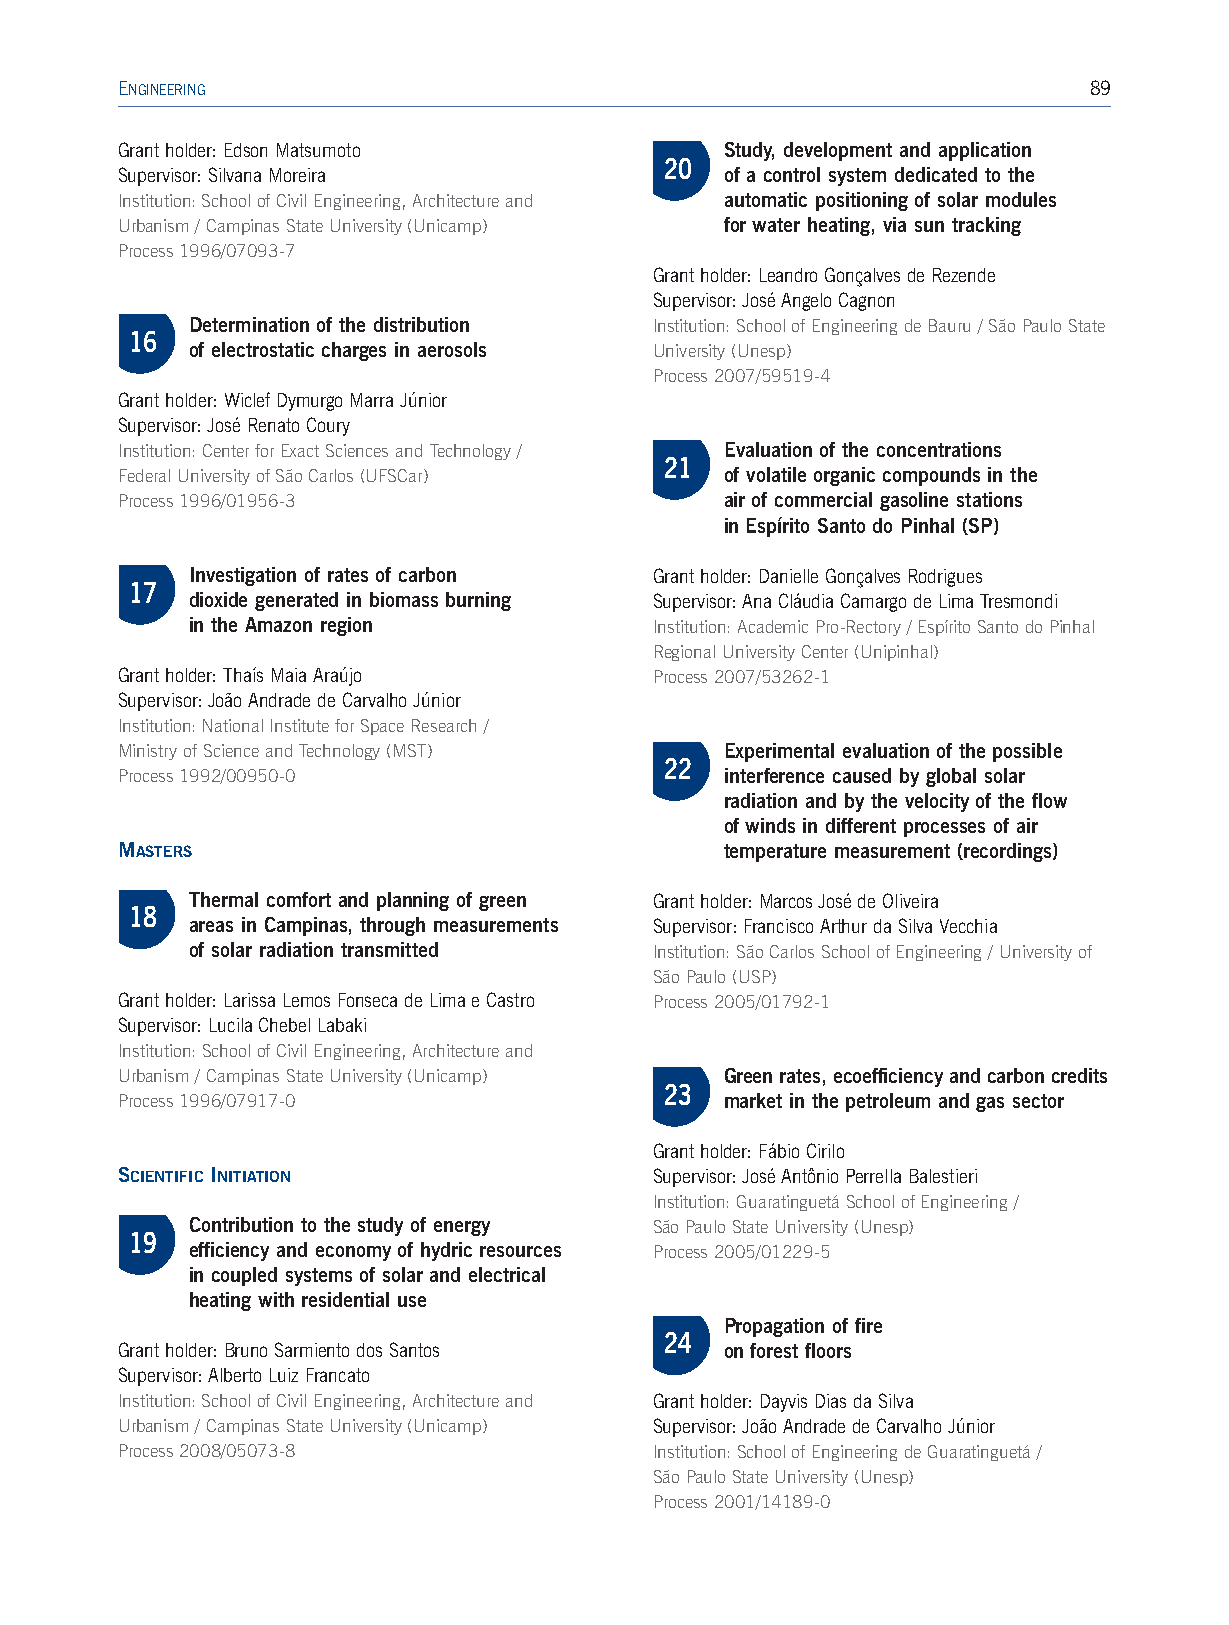
ENGINEERING                                                     89
 Grant holder: Edson Matsumoto           Study, development and application
 20
 Supervisor: Silvana Moreira             of a control system dedicated to the
 Institution: School of Civil Engineering, Architecture and automatic positioning of solar modules
 Urbanism / Campinas State University (Unicamp) for water heating, via sun tracking
 Process 1996/07093-7
 Grant holder: Leandro Gonçalves de Rezende
 Supervisor: José Angelo Cagnon
 Determination of the distribution Institution: School of Engineering de Bauru / São Paulo State
 16
 of electrostatic charges in aerosols University (Unesp)
 Process 2007/59519-4
 Grant holder: Wiclef Dymurgo Marra Júnior
 Supervisor: José Renato Coury
 Institution: Center for Exact Sciences and Technology / Evaluation of the concentrations
 21
 Federal University of São Carlos (UFSCar) of volatile organic compounds in the
 Process 1996/01956-3                    air of commercial gasoline stations
 in Espírito Santo do Pinhal (SP)
 Investigation of rates of carbon Grant holder: Danielle Gonçalves Rodrigues
 17
 dioxide generated in biomass burning Supervisor: Ana Cláudia Camargo de Lima Tresmondi
 in the Amazon region          Institution:Academic Pro-Rectory/Espírito Santo do Pinhal
 Regional University Center (Unipinhal)
 Grant holder: Thaís Maia Araújo    Process 2007/53262-1
 Supervisor:João Andrade de Carvalho Júnior
 Institution: National Institute for Space Research /
 Ministry of Science and Technology (MST) Experimental evaluation of the possible
 22
 Process 1992/00950-0                    interference caused by global solar
 radiation and by the velocity of the flow
 of winds in different processes of air
 MASTERS                                 temperature measurement (recordings)
 Thermal comfort and planning of green Grant holder:Marcos José de Oliveira
 18
 areas in Campinas, through measurements Supervisor:Francisco Arthur da Silva Vecchia
 of solar radiation transmitted Institution: São Carlos School of Engineering / University of
 São Paulo (USP)
 Grant holder: Larissa Lemos Fonseca de Lima e Castro Process 2005/01792-1
 Supervisor: Lucila Chebel Labaki
 Institution:School of Civil Engineering, Architecture and
 Urbanism / Campinas State University (Unicamp) Green rates, ecoefficiency and carbon credits
 23
 Process 1996/07917-0                    market in the petroleum and gas sector
 Grant holder: Fábio Cirilo
 SCIENTIFIC INITIATION              Supervisor: José Antônio Perrella Balestieri
 Institution: Guaratinguetá School of Engineering /
 Contribution to the study of energy São Paulo State University (Unesp)
 19
 efficiency and economy of hydric resources Process 2005/01229-5
 in coupled systems of solar and electrical
 heating with residential use
 Propagation of fire
 24
 Grant holder:Bruno Sarmiento dos Santos on forest floors
 Supervisor:Alberto Luiz Francato
 Institution: School of Civil Engineering, Architecture and Grant holder:Dayvis Dias da Silva
 Urbanism / Campinas State University (Unicamp) Supervisor: João Andrade de Carvalho Júnior
 Process 2008/05073-8               Institution:School of Engineering de Guaratinguetá /
 São Paulo State University (Unesp)
 Process 2001/14189-0